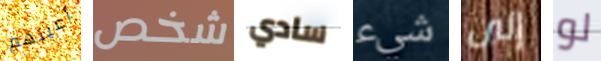
أعينهم شخص سادي شيء إلى لو